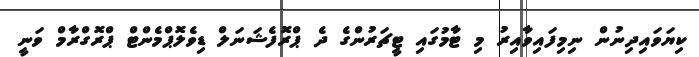
ކިޔަވައިދިނުން ނިމިފައިވާއިރު މި ޓާމުގައި ޓީޗަރުންގެ ދެ ޕްރޮފެޝަނަލް ޑިވެލޮޕްމެންޓް ޕްރޮގްރާމް ވަނީ